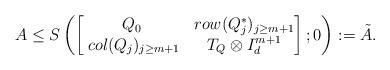
LaTeX: \begin{align*}A\leq S\left(\begin{bmatrix} Q_0 & row(Q_j^*)_{j\geq m+1}\\ \:col(Q_j)_{j\geq m+1} & T_Q \otimes I_d^{m+1} \end{bmatrix};0\right) := \Tilde{A}.\end{align*}